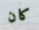
كان